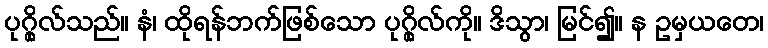
ပုဂ္ဂိုလ်သည်။ နံ၊ ထိုရန်ဘက်ဖြစ်သော ပုဂ္ဂိုလ်ကို။ ဒိသွာ၊ မြင်၍။ န ဥမှယတေ၊